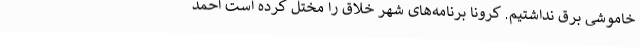
خاموشی برق نداشتیم. کرونا برنامه‌های شهر خلاق را مختل کرده است احمد